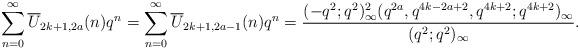
LaTeX: \begin{align*}\sum_{n=0}^\infty \overline{U}_{2k+1,2a}(n)q^n=\sum_{n=0}^\infty \overline{U}_{2k+1,2a-1}(n)q^n=\frac{(-q^2;q^2)^2_\infty(q^{2a},q^{4k-2a+2},q^{4k+2};q^{4k+2})_\infty}{(q^2;q^2)_\infty}.\end{align*}